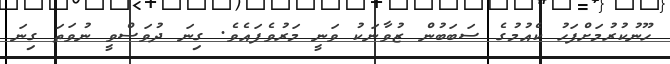
ހޫނުކުރުމަށްފަހު ކެއުމުގެ ސަބަބުން ޒުވާނަކު ވަނީ މަރުވެފައެވެ. ގިނަ ދުވަސްވީ ނުވަތަ ގިނަ